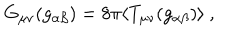
G _ { \mu \nu } ( g _ { \alpha \beta } ) = 8 \pi \langle T _ { \mu \nu } ( g _ { \alpha \beta } ) \rangle \ ,